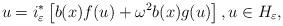
LaTeX: \begin{align*}u=i_{\varepsilon}^{\ast}\left[ b(x)f(u)+\omega^{2}b(x)g(u)\right] ,u\in H_{\varepsilon}, \end{align*}